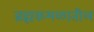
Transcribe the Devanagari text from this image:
ब्रह्मकमळातील